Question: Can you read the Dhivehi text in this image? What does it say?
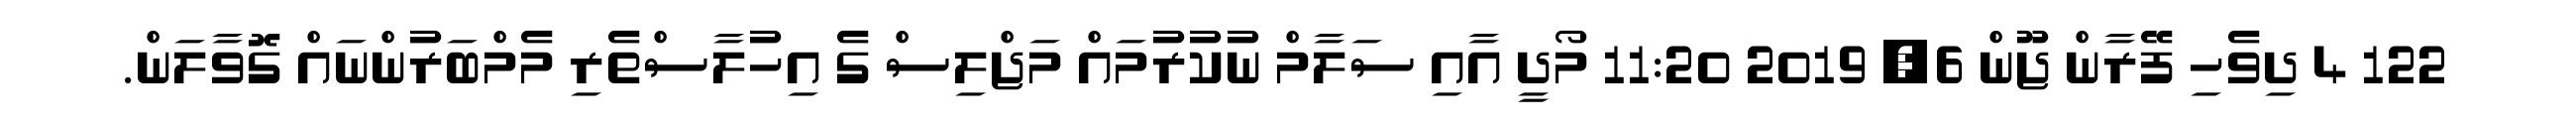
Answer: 122 4 ދިވެހި ފޭރާން ޖޫން 6, 2019 11:20 މޯދީ އާއި ސަލާމް ނުކުރުމައް މަޖްލިސް ގެ އިހުލާސްތެރި މެމްބަރުންނައް ގޮވާލަން.